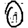
Digit: 0